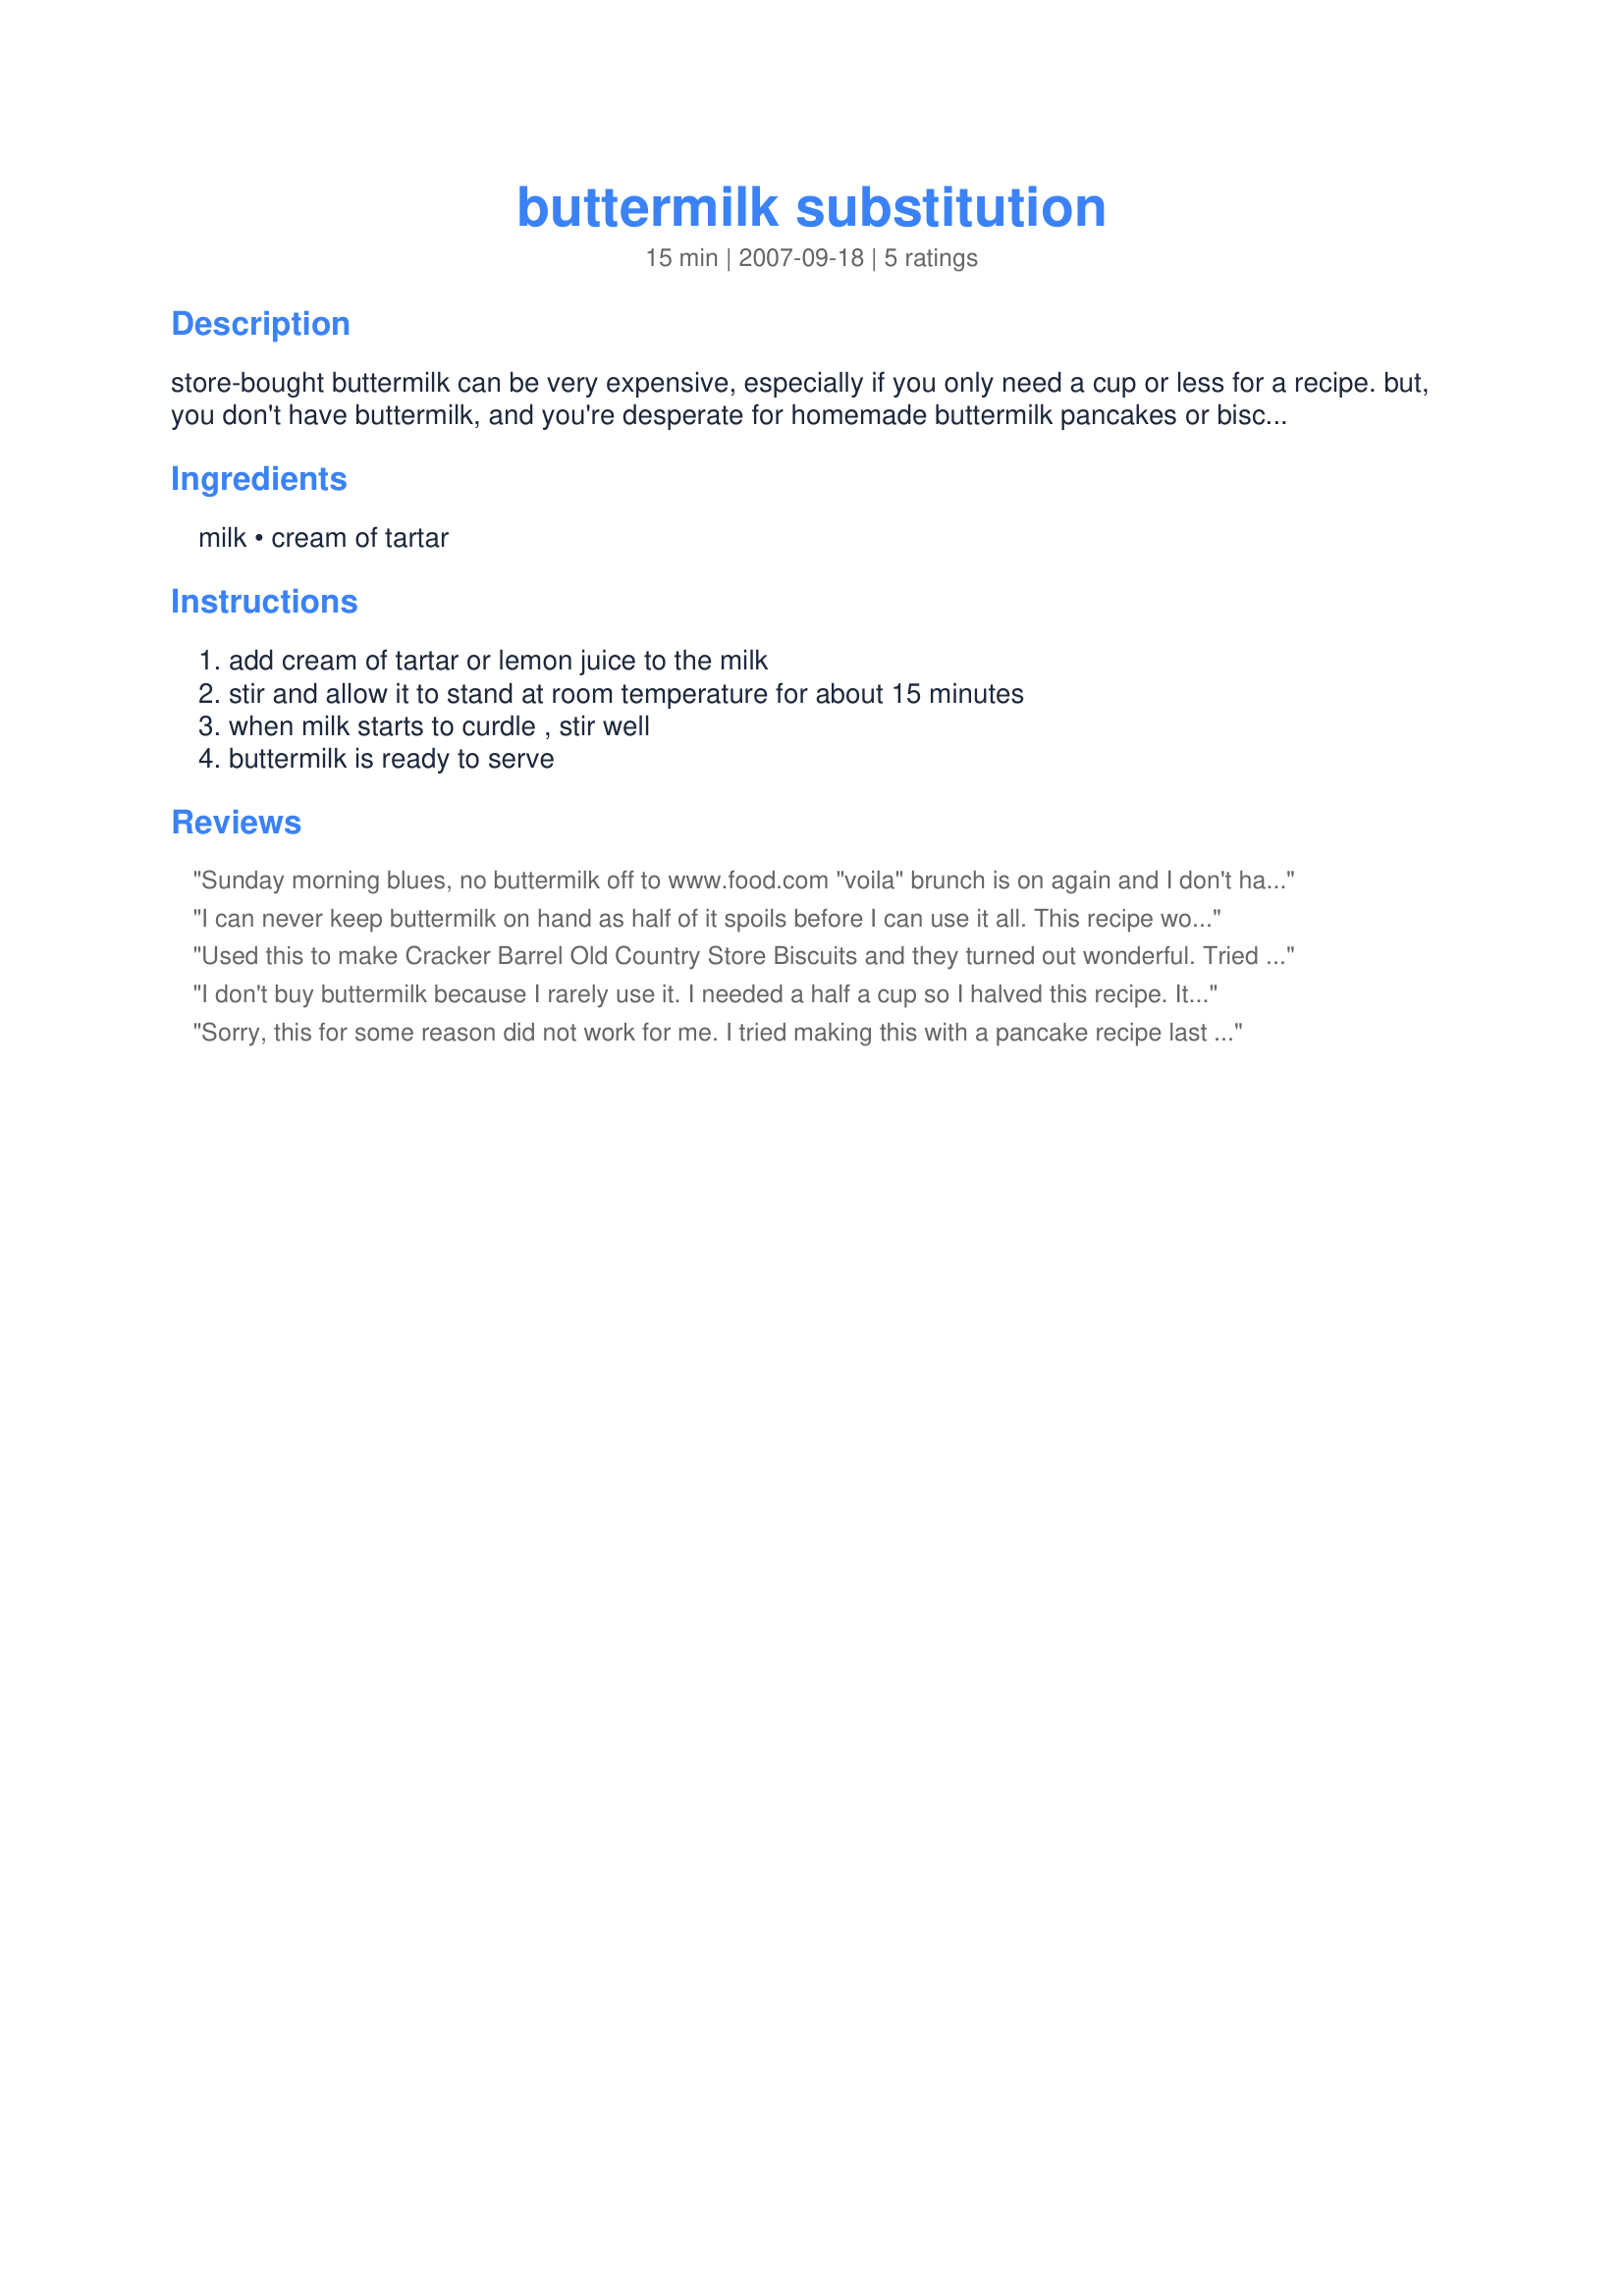
buttermilk substitution
Preparation time: 15 minutes

store-bought buttermilk can be very expensive, especially if you only need a cup or less for a recipe. but, you don't have buttermilk, and you're desperate for homemade buttermilk pancakes or biscuits. what are you gonna do? here's an easy solution.......make your own.

Ingredients:
milk, cream of tartar

Steps:
add cream of tartar or lemon juice to the milk, stir and allow it to stand at room temperature for about 15 minutes, when milk starts to curdle , stir well, buttermilk is ready to serve

Reviews:
Sunday morning blues, no buttermilk off to www.food.com "voila" brunch is on again and I don't have to drive to town in a snow storm yeah! Well I used the lemon juice adaptation and for our favourite pancakes my DH did not notice any difference and what difference I noticed was "extremely" marginal. I allowed the milk to curdle for 45 minutes though as it didn't seem to want to in the beginning. Absolutely delicious will use again anytime. Thank you for posting dojemi.
I can never keep buttermilk on hand as half of it spoils before I can use it all. This recipe works well for me. I can make what I need and then there's no waste. Very useful!!
Used this to make Cracker Barrel Old Country Store Biscuits and they turned out wonderful. Tried one batch with cream of tartar and the other batch with lemon juice. Both were a hit! Thank you!
I don't buy buttermilk because I rarely use it. I needed a half a cup so I halved this recipe. It worked for me and I used the lemon.
Sorry, this for some reason did not work for me. I tried making this with a pancake recipe last saturday and it made the pancakes tase bitter. I tried the recipe again, with plain store bought buttermilk and it was much better. Thanks, anyway!
